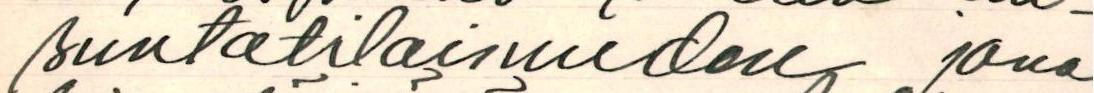
suntatilaisuuden jona-